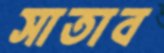
সাতাব